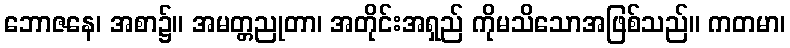
ဘောဇနေ၊ အစာ၌။ အမတ္တညုတာ၊ အတိုင်းအရှည် ကိုမသိသောအဖြစ်သည်။ ကတမာ၊